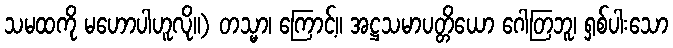
သမထကို မဟောပါဟူလို။) တသ္မာ၊ ကြောင့်။ အဋ္ဌသမာပတ္တိယော ဂေါတြဘူ၊ ရှစ်ပါးသော